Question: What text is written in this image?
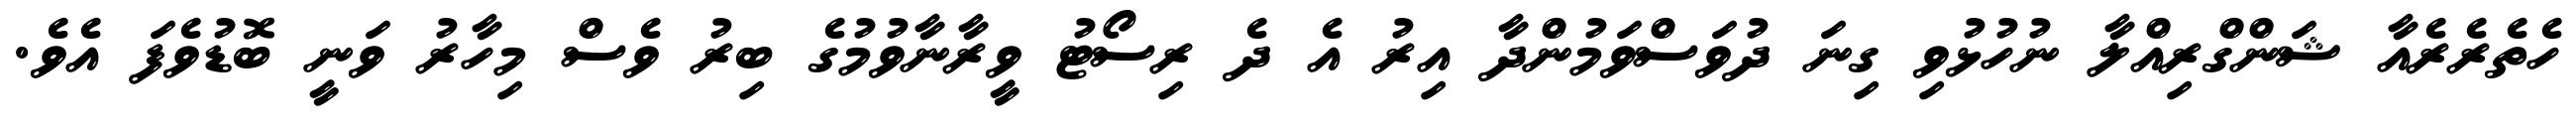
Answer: ހެތެރެރެއާ ޝަންގްރިއްލާ ނުހުޅުވި ގިނަ ދުވަސްވަމުންދާ އިރު އެ ދެ ރިސޯޓު ވީރާނާވުމުގެ ބިރު ވެސް މިހާރު ވަނީ ބޮޑުވެފަ އެވެ.